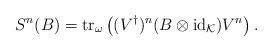
LaTeX: \begin{align*} S^n(B)= \operatorname{tr}_\omega\left( (V^\dagger)^n(B\otimes\operatorname{id}_{\mathcal K})V^n \right).\end{align*}